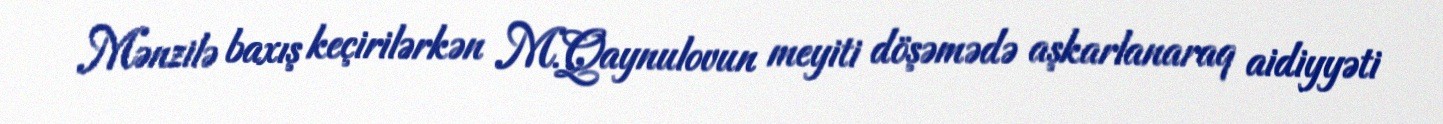
Mənzilə baxış keçirilərkən M.Qaynulovun meyiti döşəmədə aşkarlanaraq aidiyyəti